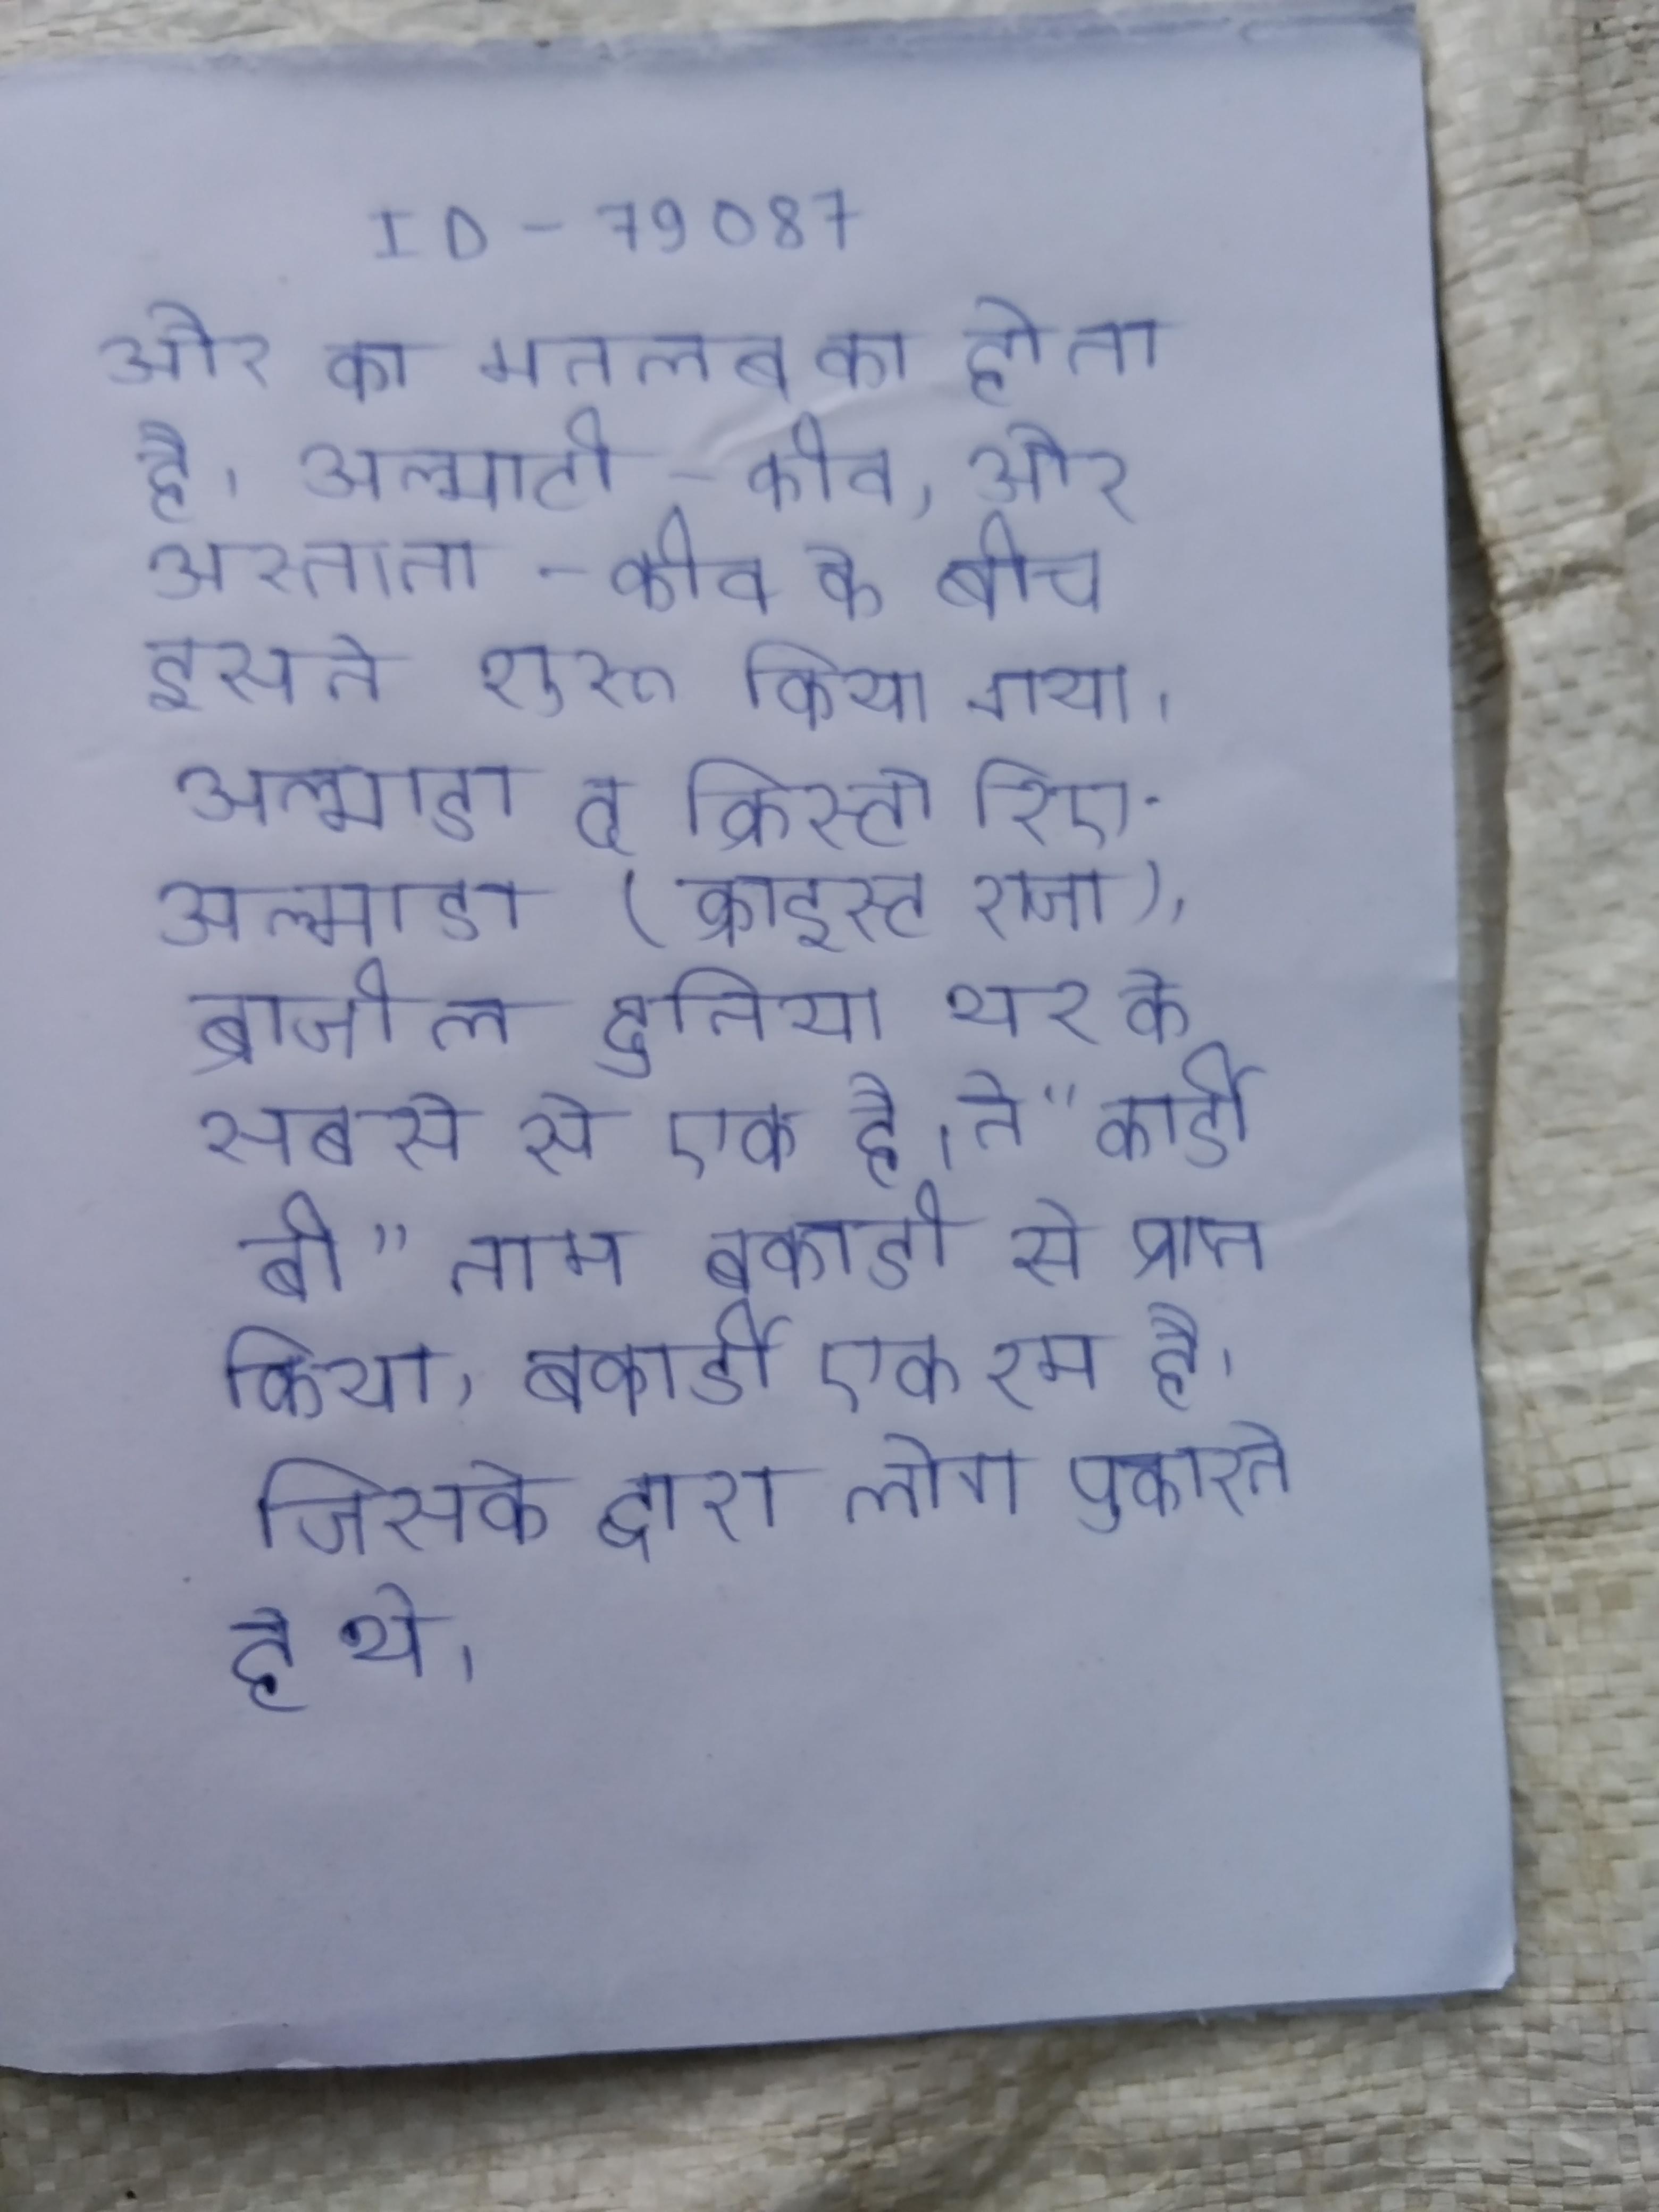
और का मतलब का होता है । अल्माटी - कीव, और अस्ताना - कीव के बीच इसने शुरू किया गया । अल्माडा द क्रिस्टो रिए-अल्माडा (क्राइस्ट राजा), ब्राजील दुनिया भर के सबसे से एक है । ने "कार्डी बी" नाम बकार्डी से प्राप्त किया, बकार्डी एक रम है, जिसके द्वारा लोग पुकारते थे ।